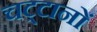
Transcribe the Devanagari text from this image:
चट्‌टानों